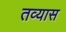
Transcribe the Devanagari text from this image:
तव्यास